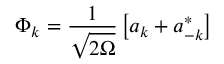
\Phi _ { k } = \frac 1 { \sqrt { 2 \Omega } } \left[ a _ { k } + a _ { - k } ^ { * } \right]